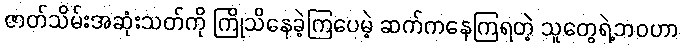
ဇာတ်သိမ်းအဆုံးသတ်ကို ကြိုသိနေခဲ့ကြပေမဲ့ ဆက်ကနေကြရတဲ့ သူတွေရဲ့ဘဝဟာ